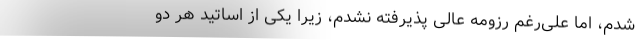
شدم، اما علی‌رغم رزومه عالی پذیرفته نشدم، زیرا یکی از اساتید هر دو